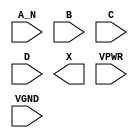
module sky130_fd_sc_hs__and4b (
    //# {{data|Data Signals}}
    input  A_N ,
    input  B   ,
    input  C   ,
    input  D   ,
    output X   ,

    //# {{power|Power}}
    input  VPWR,
    input  VGND
);
endmodule